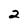
Character: 2